Vital statistics of India. Vol. VI, European troops 1870-79
Year: 1870
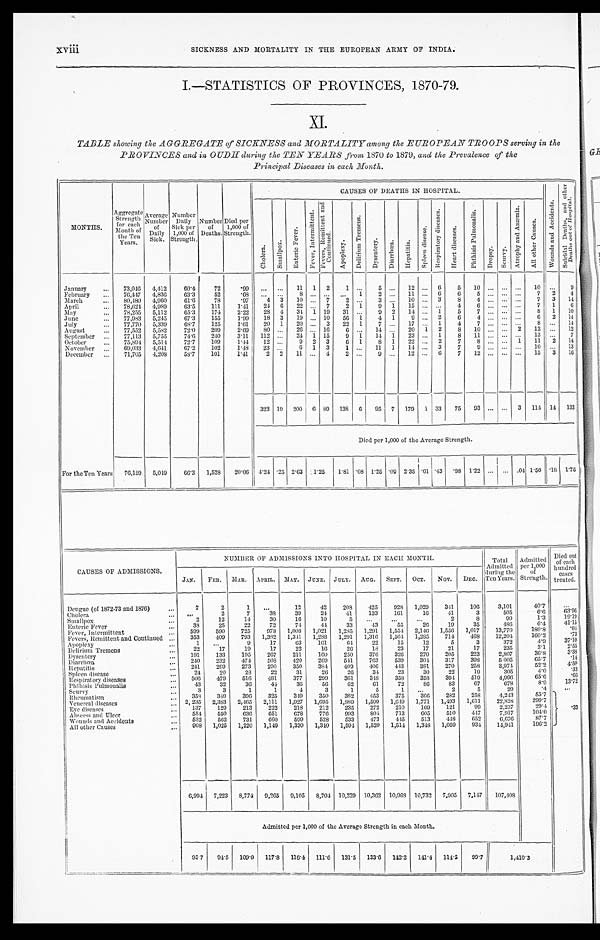
I.—STATISTICS OF PROVINCES, 1870-79.
XI.
TABLE showing the AGGREGATE of SICKNESS and MORTALITY among the EUROPEAN TROOPS serving in the
PROVINCES and in OUDH during the TEN YEARS from, 1870 to 1879, and the Prevalence of the
Principal Diseases in each Month.
MONTHS.
Aggregate
Strength
for each
Month of
the Ten
Years.
Average
Number
of
Daily
Sick.
Number
Daily
Sick per
1,000 of
Stren g th.
Number Died per
of
1,000 of
Deaths. Strength.
CAUSES OF DEATHS IN HOSPITAL.
W o u n d s a n d A c c i d e n t s .
S u i c i d a l D e a t h s , a n d o t h e r D e a t h s o u t o f H o s p i t a l .
C h o l e r a .
S m a l l p o x . E n t e r i c F e v e r .
F e v e r , I n t e r m i t t e n t .
F e v e r s , R e m i t t e n t a n d C o n t i n u e d .
A p o p l e x y .
D e l i r i u m T r e m e n s .
D y s e n t r y .
D i a r r h œ a .
H e p a t i t i s .
S p l e e n d i s e a s e .
R e s p i r a t o r y d i s e a s e s .
H e a r t d i s e a s e s .
P h t h i s i s P u l m o n a l i s .
D r o p s y .
S c u r v y .
A t r o p h y a n d A n æ m i a . A l l o t h e r C a u s e s .
January
73,046 4,412
60.4
72
. 9 9
...
. . . 1 1 1
2
1 ...
5 ...
12 ...
6
5
10 ... ... ...
10 ...
9
February
...
76,447
4,836
63.3
52
. 6 8
. . .
. . . 8
. . .
. . .
. . . 1
2 ...
11 ...
6
6
5 ...
. . . ...
7
2
4
March
...
80,480
4,960
61.6
78
. 9 7
4
3
10 ...
7
2
. . .
3 ...
10 ...
3
8
4
. . .
. . .
. . . 7
3
14
April
...
May
...
78,624
78,255
4,989
5,112
63.5
65.3
111
1.41
174
2.22
2 4
2 8
6
22
4
34
...
1
7
19
2
31
1
...
9
9
1
2
15
14
...
...
. . . 1
4
5
6 7
. . . . . .
. . . . . .
. . . 7
... 8
1
1
6
10
June
...
77,983
5,245
67.3
155
1.99
1 8
3
19 ... 10
56
1
4
1
9 ...
2
6
4
. . .
. . .
. . . 6
2
14
July
...
77,770
5,339
68.7
125
1.61
20
1
20 ...
3
22
1
7 ...
17 ...
1
4
7
. . .
. . .
. . . 8
. . . 14
August
...
77,552
5,582
72.0
209
2.69
80
. . . 2 6 ... 16
6 ...
14 ...
20
1
2
8
10 ... ...
2
12 ...
12
September
...
77,113
5,755
74.6
240
3.11
112
. . . 2 4 1 15
9
1
14
1
23 ...
1
8
11 ... ... ...
13 ...
7
Oct ober
...
November
75,894
69,033
5,514
4,641
72.7
67.2
109
1.44
102
1.48
12
23
. . . 9
. . . 6
2
1
3
3
6
1
1
...
8
11
1
1
22
14
...
...
2
3
7
7
8 9
. . . . . .
. . . . . . 1
11
...
10
2
14
13
December
...
71,705
4,208
58.7
101
1.41
2
2
11 ...
4
2
. . .
9 ...
12 ...
6
7
12 ...
. . . ...
15
3
10
323
1 9 2 0 0 6 89
138
6
95
7
179
1 33
75
93 ... ...
3
114 14
133
Died per 1,000 of the Average Strength.
I
For the Ten Years
76,159 5,049
66.3
1,528
20.06 4.24
. 2 5
2 . 6 3 1.25
1.81 .08 1.25 .09 2.35
.01 .43 .98 1.22 ... ... .04 1.50 .18 1.75
NUMBER, OF ADMISSIONS I NTO HOSPITAL IN EACH MONTH
Total
Admitted
Died out
of each
Admitted per 1,000 hundred
CAUSES OF ADMISSIONS.
during the
of
cases
JAN.
FEB.
MAR.
APRIL. MAY.
JUNE.
JULY.
AUG.
SEPT.
OCT.
Nov.
DEC.
Ten Years. Strength. treated.
Dengue (of 1872-73 and 1876)
...
7
2
1
...
12
42
208
425
928
1,029
341
106
3,101
40.7
. . . . ,
63.96
Cholera
Smallpox
...
Enteric Fever
Fever, Intermittent
. . .
Fevers, Remittent and Continued ...
Apoplexy
...
Delirium Tremens
...
Dysentery
...
Diarrhœa
...
Hepatitis
Spleen disease
. . .
Respiratory diseases
...
Phthisis Pulmonalis
...
2
38
599
353
22
191
240
241
24
506
43
2
12
25
590
109
17
133
232
269
20
479
32
7
14
22
725
793
9
19
195
474
273
28
516
36
38
30
72
978
1,382
17
17
267
508
290
22
481
44
39
16
74
1,008
1,311
63
22
211
420
350
31
377
36
24
10
41
1,021
1,288
161
16
160
269
384
26
209
56
41
5
33
1,285
1,291
64
26
250
541
409
26
361
62
133
...
43
1,291
1,316
22
18
376
763
406
34
348
61
161
...
55
1,554
1,564
15
23
326
539
443
23
358
72
16
...
26
2,146
1,285
12
17
270
304
381
30
358
86
41
2
19
1,556
714
5
21
205
317
270
22
394
53
3
8
35
1,017
468
3
17
223
398
258
19
519
67
5 0 5
99
486
13,770
12,204
372
235
2,807
5 005
3,974
305
4,996
678
6.6
1.3
6.4
180.8
160.2
4.9
3.1
36.8
65.7
52.2
4.0
65.6
8.9
19.19
41.15
.04
.73
37.10
2.55
3.38
.14
4.50 . 3 3
.66
13.72
Scurvy
...
3
3
1
1
4
3
1
5
1 ...
2
5
29
.4
...
Rheumatism
...
358
349
396
325
349
350
382
453
375
366
282
258
4,243
55.7
Venereal diseases
...
2, 235
2,383
2,465
2,111
1,927
1,695
1,889
1,599
1,649
1,771
1,493
1,611
22,828
299.7
Eve diseases
137
129
213
222
218
212
235
272
210
169
121
99
2 . 2 3 7
29.4
.33
Abseess and Ulcer
554
550
636
651
678
776
993
804
713
605
510
447
7,917
104.0
Wounds and Accidents
...
532
562
731
660
599
528
533
473
445
513
418
652
6,676
87.7
All other Causes
. ..
908
1,025
1,220
1,149
1,330
1,340
1,594
1,520
1,514
1,348
1,059
934
14,941
196.2
6,994
7,223 8,774
9,265
9,105
8,704 10,229 10,362 10,968
10,732
7,905
7,147
107,408
Admitted per 1,000 of the Average Strength in each Month.
95.7
94.5
109.0
117.8
116.4 111.6
131.5
133.6 142.2
141.4
114.5
99.7
1,410.3